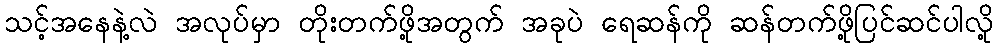
သင့်အနေနဲ့လဲ အလုပ်မှာ တိုးတက်ဖို့အတွက် အခုပဲ ရေဆန်ကို ဆန်တက်ဖို့ပြင်ဆင်ပါလို့